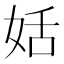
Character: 姡